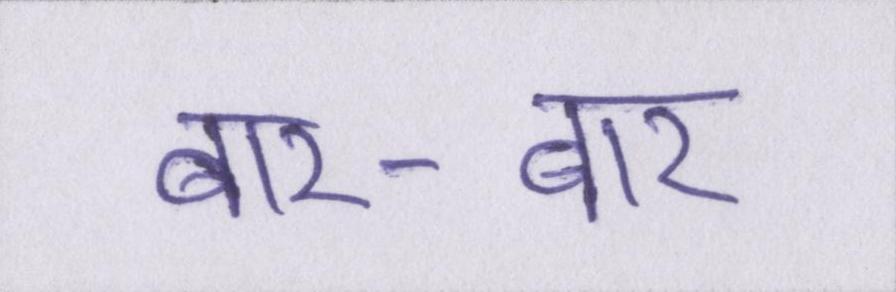
बार-बार